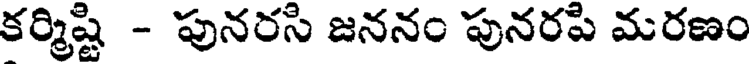
కర్మిష్టి - పునరసి జననం పునరపి మరణం